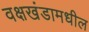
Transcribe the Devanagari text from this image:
वक्षखंडामधील